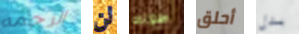
الرحمه لن طولك أحلق بدل